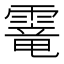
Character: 𩄱